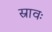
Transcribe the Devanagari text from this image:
स्रावः